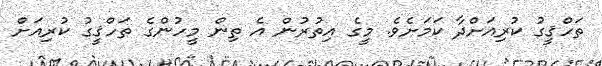
ތަހްޤީގު ކުރިއަށްދާ ކަމަށެވެ. މީގެ އިތުރުން އެ ތިން މީހުންގެ ތަހްޤީގު ކުރިއަށް